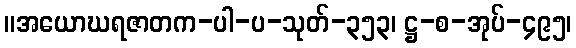
။အယောဃရဇာတက-ပါ-ပ-သုတ်-၃၅၃၊ ဋ္ဌ-စ-အုပ်-၄၉၅၊